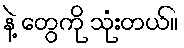
နဲ့ တွေကို သုံးတယ်။